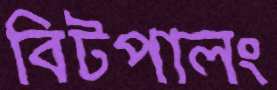
বিটপালং